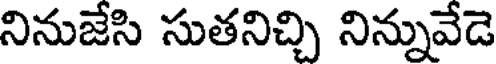
నినుజేసి సుతనిచ్చి నిన్నువేడె